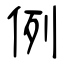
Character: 例